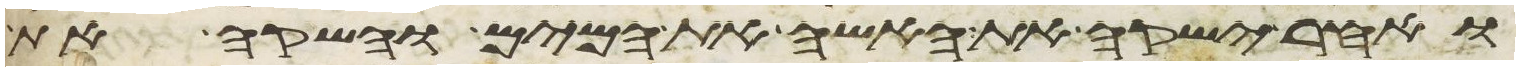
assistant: ואחר ישקה את האשה את המים והשקה את